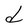
Character: d